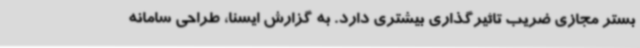
بستر مجازی ضریب تاثیرگذاری بیشتری دارد. به گزارش ایسنا، طراحی سامانه